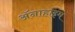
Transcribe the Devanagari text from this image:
ॲनाहाइम